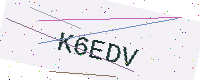
Text: K6EDV